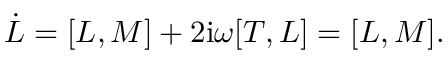
\dot { \cal L } = [ { \cal L } , M ] + 2 \mathrm { i } { \omega } [ T , { \cal L } ] = [ { \cal L } , M ] .